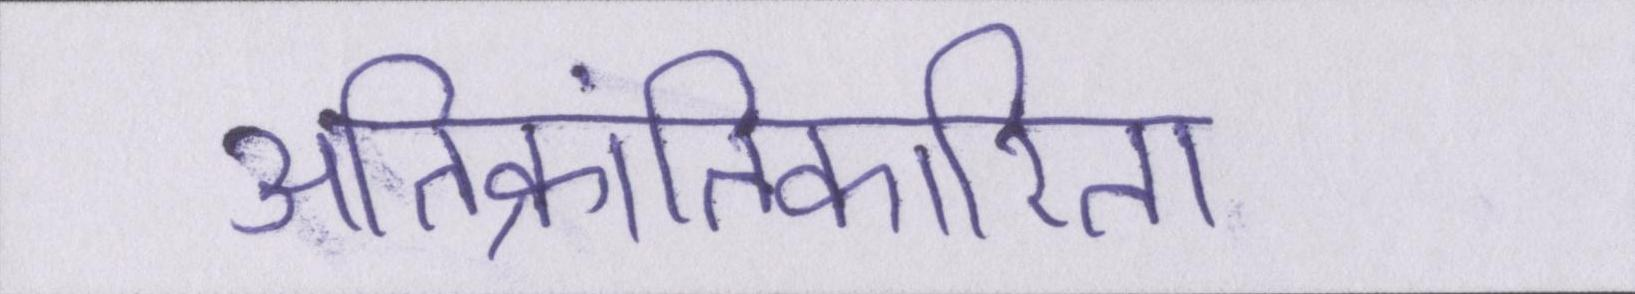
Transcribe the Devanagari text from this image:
अतिक्रांतिकारिता